Medical and sanitary report of the native army of Bengal for the year
Year: 1875
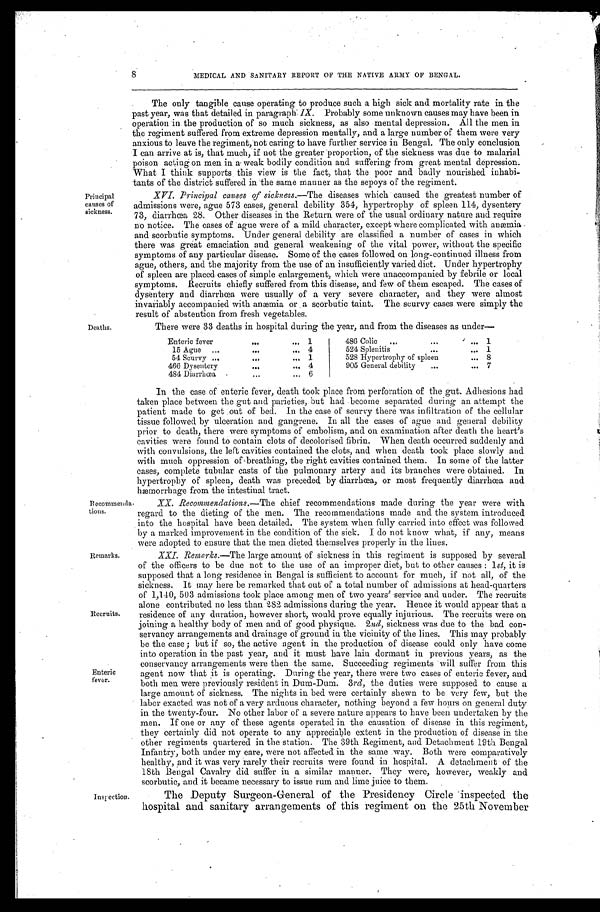
8
MEDICAL AND SANITARY REPORT OF THE NATIVE ARMY OF BENGAL.
Principal
causes of
sickness.
The only tangible cause operating to produce such a high sick and mortality rate in the
past year, was that detailed in paragraph IX. Probably some unknown causes may have been in
operation in the production of so much sickness, as also mental depression. All the men in
the regiment suffered from extreme depression mentally, and a large number of them were very
anxious to leave the regiment, not caring to have further service in Bengal. The only conclusion
I can arrive at is, that much, if not the greater proportion, of the sickness was due to malarial
poison acting on men in a weak bodily condition and suffering from great mental depression.
What I think supports this view is the fact, that the poor and badly nourished inhabi
-tants of the district suffered in the same manner as the sepoys of the regiment.
XVI. Principal causes of sickness .—The diseases which caused the greatest number of
admissions were, ague 573 cases, general debility 354, hypertrophy of spleen 114, dysentery
73, diarrhea 28. Other diseases in the Return were of the usual ordinary nature and require
no notice. The cases of ague were of a mild character, except where complicated with anæmia
and scorbutic symptoms. Under general debility are classified a number of cases in which
there was great emaciation and general weakening of the vital power, without the specific
symptoms of any particular disease. Some of the cases followed on long-continued illness from
ague, others, and the majority from the use of au insufficiently varied diet. Under hypertrophy
of spleen are placed cases of simple enlargement, which were unaccompanied by febrile or local
symptoms. Recruits chiefly suffered from this disease, and few of them escaped. The cases of
dysentery and diarrhœa were usually of a very severe character, and they were almost
invariably accompanied with anæmia or a scorbutic taint. The scurvy cases were simply the
result of abstention from fresh vegetables.
Deaths.
Recommenda
-tions.
Remarks.
Recruits.
Enteric
fever.
There were 33 deaths in hospital during the year, and from the diseases as under—
Enteric fever . . .
1
486 Colic . . .
1
15 Ague . . .
4
524 Splenitis . . .
1
54 Scurvy . . .
1
528 Hypertrophy of spleen . . .
8
466 Dysentery . . .
4
905 General debility . . .
7
484 Diarrhœa . . .
6
In the case of enteric fever, death took place from perforation of the gut. Adhesions had
taken place between the gut and parieties, but had become separated during an attempt the
patient made to get out of bed. In the case of scurvy there was infiltration of the cellular
tissue followed by ulceration and gangrene. In all the cases of ague and general debility
prior to death, there were symptoms of embolism, and on examination after death the heart's
cavities were found to contain clots of decolorised fibrin. When death occurred suddenly and
with convulsions, the left cavities contained the clots, and when death took place slowly and
with much oppression of breathing, the right cavities contained them. In some of the latter
cases, complete tubular casts of the pulmonary artery and its branches were obtained. In
hypertrophy of spleen, death was preceded by diarrhœa, or most frequently diarrhœa and
hæmorrhage from the infesfinnl
tract.
XX. Recommendations .—The chief recommendations made during the year were with
regard to the dieting of the men. The recommendations made and the system introduced
into the hospital have been detailed. The system when fully carried into effect was followed
by a marked improvement in the condition of the sick. I do not know what, if any, means
were adopted to ensure that the men dieted themselves properly in the lines.
XXI. Remarks .—The large amount of sickness in this regiment is supposed by several
of the officers to be due not to the use of an improper diet, but to other causes : 1 st, it is
supposed that a long residence in Bengal is sufficient to account for much, if not all, of the
sickness. It may here be remarked that out of a total number of admissions at head-quarters
of 1,140, 503 admissions took place among men of two years' service and under. The recruits
alone contributed no less than 282 admissions during the year. Hence it would appear that a
residence of any duration, however short, would prove equally injurious. The recruits were on
joining a healthy body of men and of good physique. 2 nd, sickness was due to the bad con
- s e r v a n c y a r r a n g e m e n t s a n d d r a i n a g e o f g r o u n d i n t h e v i c i n i t y o f t h e l i n e s . T h i s m a y p r o b a b l y
be the case ; but if so, the active agent in the production of disease could only have come
into operation in the past year, and it must have lain dormant in previous years, as the
conservancy arrangements were then the same. Succeeding regiments will stiffer from this
agent now that it is operating. During the year, there were two cases of enteric fever, and
both men were previously resident in Dum-Dum. 3 rd, the duties were supposed to cause a
large amount of sickness. The nights in bed were certainly shewn to be very few, but the
labor exacted was not of a very arduous character, nothing beyond a few hours on general duty
in the twenty-four. No other labor of a severe nature appears to have been undertaken by the
men. If one or any of these agents operated in the causation of disease in this regiment,
they certainly did not operate to any appreciable extent in the production of disease in the
other regiments quartered in the station. The 39th Regiment, and Detachment 19th Bengal
Infantry, both under my care, were not affected in the same way. Both were comparatively
healthy, and it was very rarely their recruits were found in hospital. A detachment of the
18th Bengal Cavalry did suffer in a similar manner. They were, however, weakly and
scorbutic, and it became necessary to issue rum and lime juice to them.
Inspection.
The Deputy Surgeon-General of the Presidency Circle inspected the
hospital and sanitary arrangements of this regiment on the 25th November